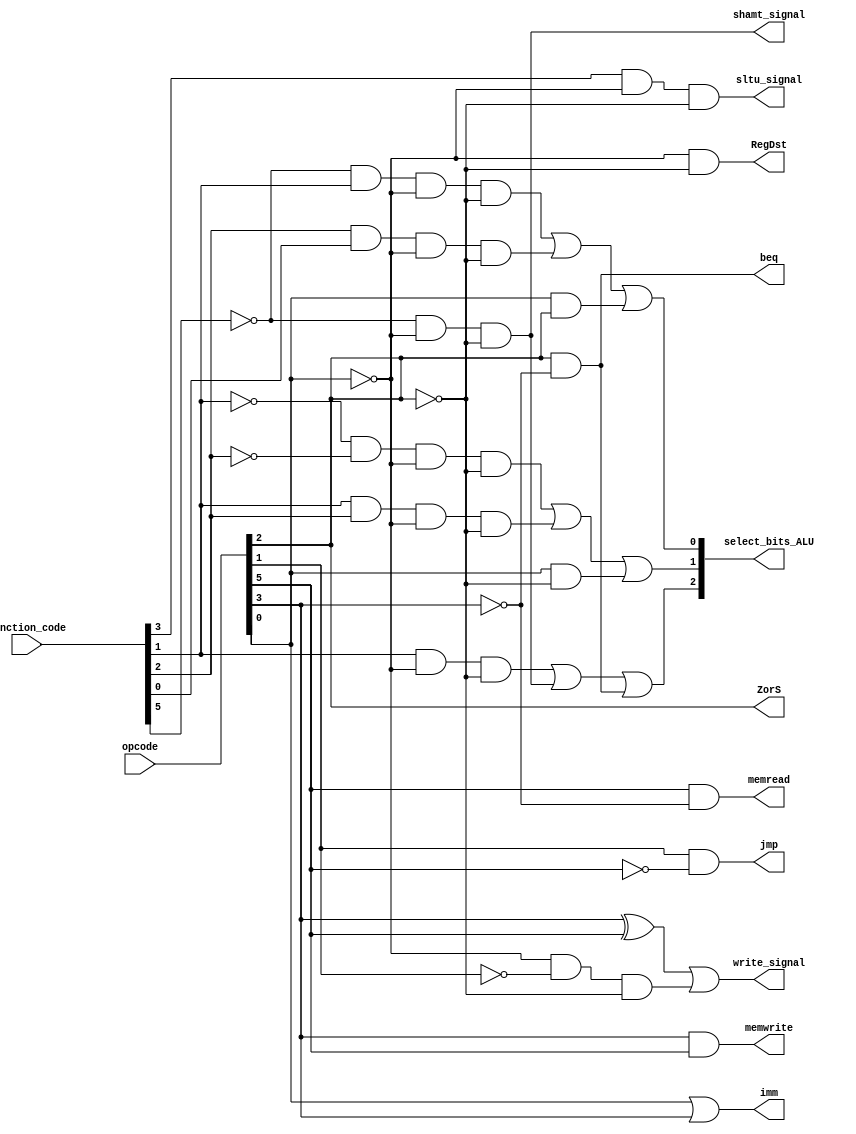
module control_unit(opcode,function_code,select_bits_ALU,shamt_signal,write_signal,sltu_signal,RegDst,memwrite,imm,memread,ZorS,beq,jmp);

input [5:0] function_code;
input [5:0] opcode;
output [2:0] select_bits_ALU;
output shamt_signal,write_signal,sltu_signal;
output RegDst,memwrite,imm,memread,ZorS,beq,jmp;
wire not_f5,not_f1,not_f2,not_o0,not_o1,not_o2,not_o3,not_o5,t1,t2,t3,t4,t5,t6,t7,t8,t9,x1,r;

not n1(not_f1,function_code[1]);
not n2(not_f2,function_code[2]);
not n3(not_f5,function_code[5]);
not n4(not_o0,opcode[0]);
not n5(not_o1,opcode[1]);
not n6(not_o2,opcode[2]);
not n7(not_o3,opcode[3]);
not n8(not_o5,opcode[5]);

and bq(beq,opcode[2],not_o3);
and jp(jmp,opcode[1],not_o5);

buf b(ZorS,opcode[2]);

and rd(RegDst,not_o0,not_o2);

or im(imm,opcode[0],opcode[3]);

and read(memread,opcode[5],not_o3);

and write(memwrite,opcode[3],opcode[5]);

xor xor1(xr_r,opcode[3],opcode[5]);
and r1(r,not_o0,not_o1,not_o2);
or w(write_signal,xr_r,r);

and slt(sltu_signal,function_code[3],not_o0,not_o2);
and shmt(shamt_signal,not_f5,not_o0,not_o2);

and a1(t1,not_f5,function_code[1],not_o0,not_o2);
and a2(t2,function_code[2],function_code[0],not_o0,not_o2);
and a_op(t7,opcode[0],opcode[2]);
or s0(select_bits_ALU[0],t1,t2,t7);

and a3(t3,not_f1,not_f2,not_o0,not_o2);
and a4(t4,function_code[1],function_code[2],not_o0,not_o2);
and a_op2(t8,opcode[0],not_o2);
or s1(select_bits_ALU[1],t3,t4,t8);
and a5(t5,function_code[1],not_o0,not_o2);
and a6(t6,not_f5,not_o0,not_o2);
and a_op3(t9,opcode[2],not_o3);
or s2(select_bits_ALU[2],t5,t6,t9);

endmodule